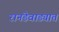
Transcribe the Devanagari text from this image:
रानडेवाड्यात